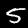
Digit: 5